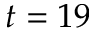
t = 1 9